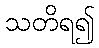
သတိရ၍